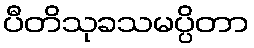
ပီတိသုခသမပ္ပိတာ